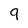
Character: 9